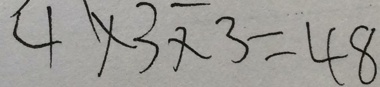
4 \times 3 \times 3 = 4 8